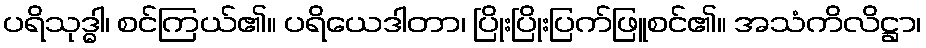
ပရိသုဒ္ဓါ၊ စင်ကြယ်၏။ ပရိယေဒါတာ၊ ပြိုးပြိုးပြက်ဖြူစင်၏။ အသံကိလိဋ္ဌာ၊